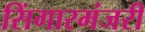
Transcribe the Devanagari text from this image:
सिंगारमंजरी